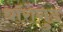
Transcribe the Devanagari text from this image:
थॉरोगुड